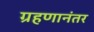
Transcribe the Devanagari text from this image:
ग्रहणानंतर